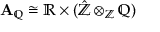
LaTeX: \mathbf { A } _ { \mathbb { Q } } \cong \mathbb { R } \times ( { \hat { \mathbb { Z } } } \otimes _ { \mathbb { Z } } \mathbb { Q } )